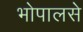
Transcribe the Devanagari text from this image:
भोपालसे